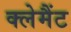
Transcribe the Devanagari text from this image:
क्लेमैंट